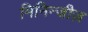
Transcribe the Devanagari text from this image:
मिनिन्जीज़